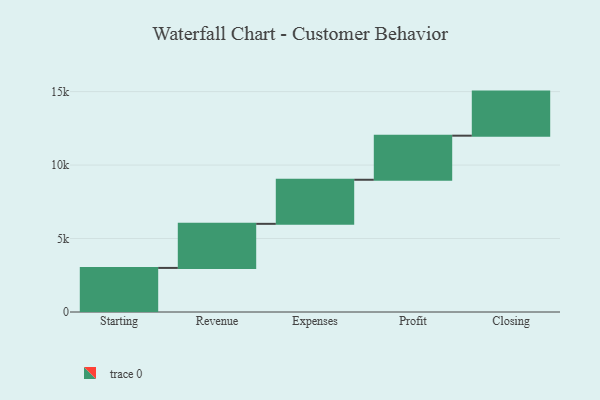
{"axis": {"x": "Step", "y": "Value"}, "legend": [""], "data": [{"x": "Starting", "y": 3000, "type": ""}, {"x": "Revenue", "y": 3000, "type": ""}, {"x": "Expenses", "y": 3000, "type": ""}, {"x": "Profit", "y": 3000, "type": ""}, {"x": "Closing", "y": 3000, "type": ""}]}